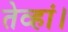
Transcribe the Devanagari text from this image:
तेव्हां।